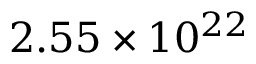
2 . 5 5 \times 1 0 ^ { 2 2 }